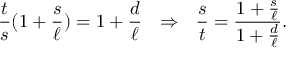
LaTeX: { \frac { t } { s } } ( 1 + { \frac { s } { \ell } } ) = 1 + { \frac { d } { \ell } } \ \ \Rightarrow \ \ { \frac { s } { t } } = { \frac { 1 + { \frac { s } { \ell } } } { 1 + { \frac { d } { \ell } } } } .